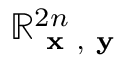
\mathbb { R } _ { { \textbf { x } } , { \textbf { y } } } ^ { 2 n }